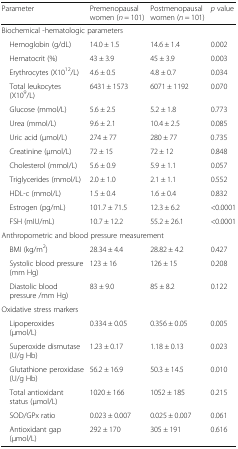
<table><thead><tr><td><b>Parameter</b></td><td><b>Premenopausal women (<i>n</i> = 101)</b></td><td><b>Postmenopausal women (<i>n</i> = 101)</b></td><td><b><i>p</i> value</b></td></tr></thead><tbody><tr><td colspan="4">Biochemical -hematologic parameters</td></tr><tr><td> Hemoglobin (g/dL)</td><td>14.0 ± 1.5</td><td>14.6 ± 1.4</td><td>0.002</td></tr><tr><td> Hematocrit (%)</td><td>43 ± 3.9</td><td>45 ± 3.9</td><td>0.003</td></tr><tr><td> Erythrocytes (X10<sup>12</sup>/L)</td><td>4.6 ± 0.5</td><td>4.8 ± 0.7</td><td>0.034</td></tr><tr><td> Total leukocytes (X10<sup>9</sup>/L)</td><td>6431 ± 1573</td><td>6071 ± 1192</td><td>0.070</td></tr><tr><td> Glucose (mmol/L)</td><td>5.6 ± 2.5</td><td>5.2 ± 1.8</td><td>0.773</td></tr><tr><td> Urea (mmol/L)</td><td>9.6 ± 2.1</td><td>10.4 ± 2.5</td><td>0.085</td></tr><tr><td> Uric acid (μmol/L)</td><td>274 ± 77</td><td>280 ± 77</td><td>0.735</td></tr><tr><td> Creatinine (μmol/L)</td><td>72 ± 15</td><td>72 ± 12</td><td>0.848</td></tr><tr><td> Cholesterol (mmol/L)</td><td>5.6 ± 0.9</td><td>5.9 ± 1.1</td><td>0.057</td></tr><tr><td> Triglycerides (mmol/L)</td><td>2.0 ± 1.0</td><td>2.1 ± 1.1</td><td>0.552</td></tr><tr><td> HDL-c (mmol/L)</td><td>1.5 ± 0.4</td><td>1.6 ± 0.4</td><td>0.832</td></tr><tr><td> Estrogen (pg/mL)</td><td>101.7 ± 71.5</td><td>12.3 ± 6.2</td><td>&lt;0.0001</td></tr><tr><td> FSH (mIU/mL)</td><td>10.7 ± 12.2</td><td>55.2 ± 26.1</td><td>&lt;0.0001</td></tr><tr><td colspan="4">Anthropometric and blood pressure measurement</td></tr><tr><td> BMI (kg/m<sup>2</sup>)</td><td>28.34 ± 4.4</td><td>28.82 ± 4.2</td><td>0.427</td></tr><tr><td> Systolic blood pressure (mm Hg)</td><td>123 ± 16</td><td>126 ± 15</td><td>0.208</td></tr><tr><td> Diastolic blood pressure /mm Hg)</td><td>83 ± 9.0</td><td>85 ± 8.2</td><td>0.122</td></tr><tr><td colspan="4">Oxidative stress markers</td></tr><tr><td> Lipoperoxides (μmol/L)</td><td>0.334 ± 0.05</td><td>0.356 ± 0.05</td><td>0.005</td></tr><tr><td> Superoxide dismutase (U/g Hb)</td><td>1.23 ± 0.17</td><td>1.18 ± 0.13</td><td>0.023</td></tr><tr><td> Glutathione peroxidase (U/g Hb)</td><td>56.2 ± 16.9</td><td>50.3 ± 14.5</td><td>0.010</td></tr><tr><td> Total antioxidant status (μmol/L)</td><td>1020 ± 166</td><td>1052 ± 185</td><td>0.215</td></tr><tr><td> SOD/GPx ratio</td><td>0.023 ± 0.007</td><td>0.025 ± 0.007</td><td>0.061</td></tr><tr><td> Antioxidant gap (μmol/L)</td><td>292 ± 170</td><td>305 ± 191</td><td>0.616</td></tr></tbody></table>